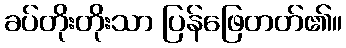
ခပ်တိုးတိုးသာ ပြန်ဖြေတတ်၏။